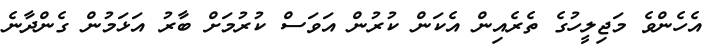
އެހެންވެ މަޖިލީހުގެ ތެރެއިން އެކަން ކުރުން އަވަސް ކުރުމަށް ބާރު އަޅަމުން ގެންދާނެ